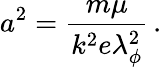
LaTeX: a^{2}=\frac{m\mu}{k^{2}e\lambda_{\phi}^{2}}\, .